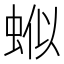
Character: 𬠊